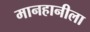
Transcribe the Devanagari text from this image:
मानहानीला